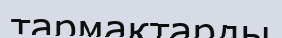
тармақтарды